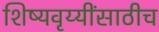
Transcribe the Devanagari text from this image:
शिष्यवृय्यींसाठीच